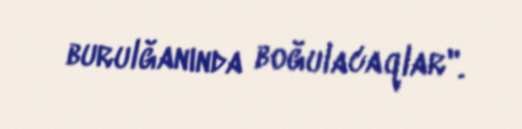
burulğanında boğulacaqlar".